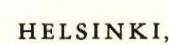
HELSINKI